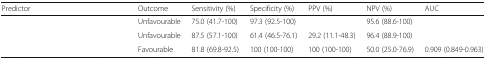
<table><thead><tr><td><b>Predictor</b></td><td><b>Outcome</b></td><td><b>Sensitivity (%)</b></td><td><b>Specificity (%)</b></td><td><b>PPV (%)</b></td><td><b>NPV (%)</b></td><td><b>AUC</b></td></tr></thead><tbody><tr><td>[EMPTY_CELL]</td><td>Unfavourable</td><td>75.0 (41.7-100)</td><td>97.3 (92.5-100)</td><td>[EMPTY_CELL]</td><td>95.6 (88.6-100)</td><td>[EMPTY_CELL]</td></tr><tr><td>[EMPTY_CELL]</td><td>Unfavourable</td><td>87.5 (57.1-100)</td><td>61.4 (46.5-76.1)</td><td>29.2 (11.1-48.3)</td><td>96.4 (88.9-100)</td><td>[EMPTY_CELL]</td></tr><tr><td>[EMPTY_CELL]</td><td>Favourable</td><td>81.8 (69.8-92.5)</td><td>100 (100-100)</td><td>100 (100-100)</td><td>50.0 (25.0-76.9)</td><td>0.909 (0.849-0.963)</td></tr></tbody></table>